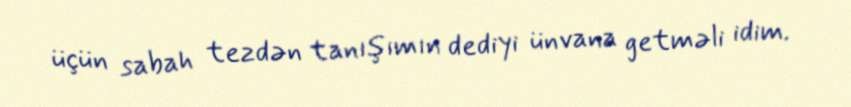
üçün sabah tezdən tanışımın dediyi ünvana getməli idim.